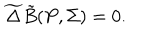
LaTeX: \widetilde { \Delta } { \tilde { B } } ( P , { \Sigma } ) = 0 .